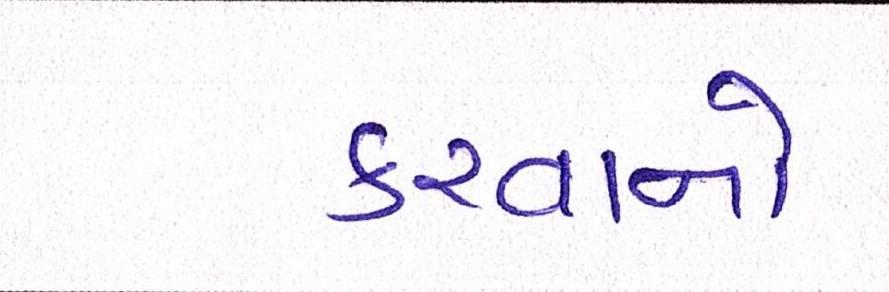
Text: કરવાનો